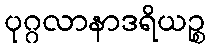
ပုဂ္ဂလာနာဒရိယဉ္စ